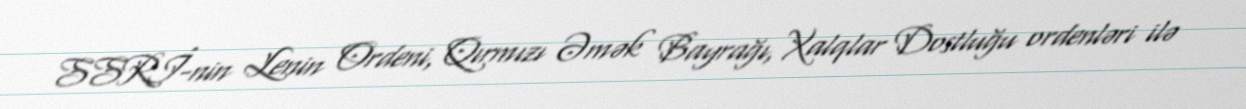
SSRİ-nin Lenin Ordeni, Qırmızı Əmək Bayrağı, Xalqlar Dostluğu ordenləri ilə